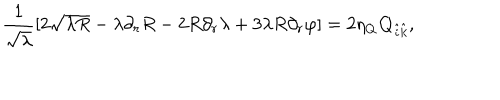
{ \frac { 1 } { \sqrt { \lambda } } } [ 2 \sqrt { \lambda R } - \lambda \partial _ { r } R - 2 R \partial _ { r } \lambda + 3 \lambda R \partial _ { r } \varphi ] = 2 \eta _ { Q } { \bf Q } _ { \hat { i } \hat { k } } ,